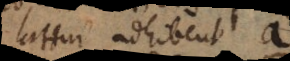
Latini adhibent a